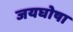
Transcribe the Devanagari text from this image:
जयघोषा